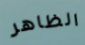
الظاهر